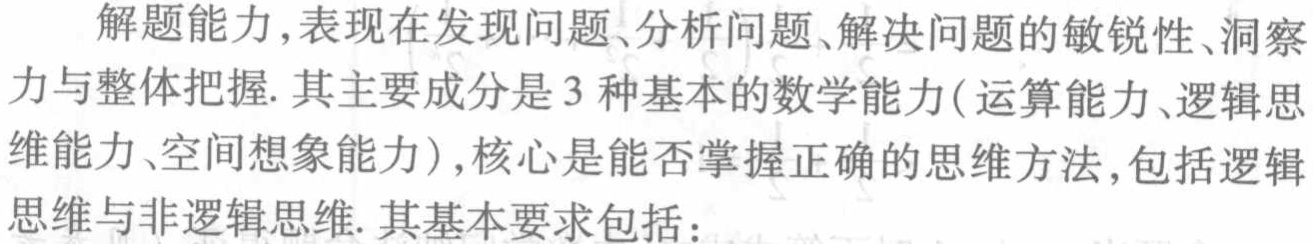
解题能力,表现在发现问题、分析问题、解决问题的敏锐性、洞察力与整体把握. 其主要成分是3种基本的数学能力(运算能力、逻辑思维能力、空间想象能力),核心是能否掌握正确的思维方法,包括逻辑思维与非逻辑思维. 其基本要求包括：